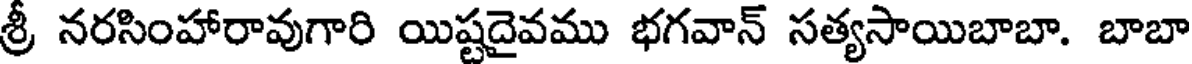
శ్రీ నరసింహారావుగారి యిష్టదైవము భగవాన్ సత్యసాయిబాబా. బాబా